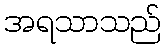
အရသာသည်